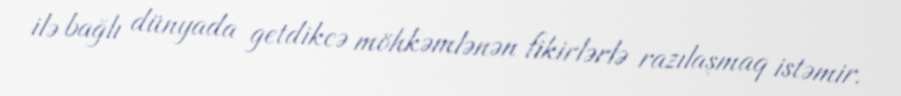
ilə bağlı dünyada getdikcə möhkəmlənən fikirlərlə razılaşmaq istəmir.